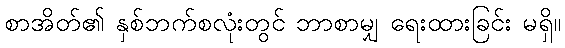
စာအိတ်၏ နှစ်ဘက်စလုံးတွင် ဘာစာမျှ ရေးထားခြင်း မရှိ။